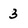
Character: 3